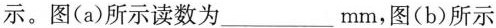
示。图(a)所示读数为___mm，图(b)所示